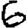
Digit: 6